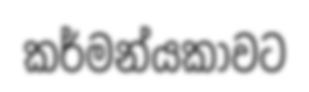
කර්මන්යකාවට